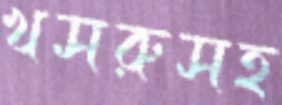
খসরুসহ